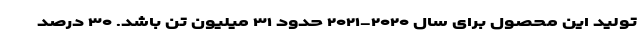
تولید این محصول برای سال ۲۰۲۰-۲۰۲۱ حدود ۳۱ میلیون تن باشد. ۳۰ درصد